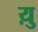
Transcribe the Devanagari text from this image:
य़ु